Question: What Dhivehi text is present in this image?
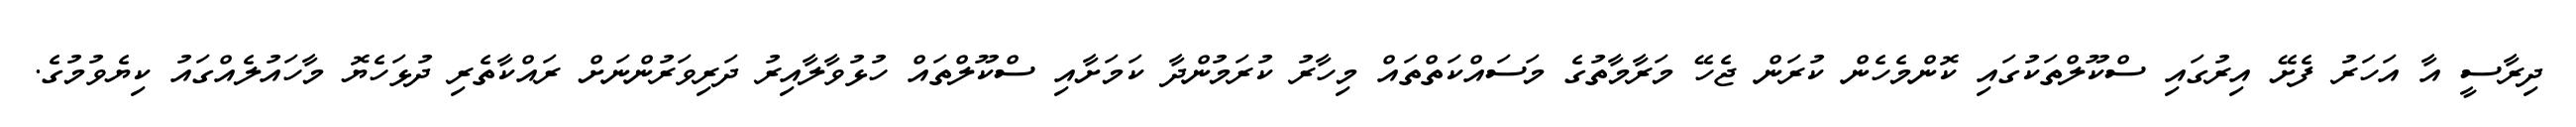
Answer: ދިރާސީ އާ އަހަރު ފެށޭ އިރުގައި ސްކޫލްތަކުގައި ކޮންމެހެން ކުރަން ޖެހޭ މަރާމާތުގެ މަސައްކަތްތައް މިހާރު ކުރަމުންދާ ކަމަށާއި ސްކޫލްތައް ހުޅުވާލާއިރު ދަރިވަރުންނަށް ރައްކާތެރި ދުޅަހެޔޮ މާހައުލެއްގައު ކިޔެވުމުގެ.